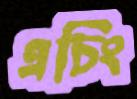
এচিং